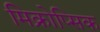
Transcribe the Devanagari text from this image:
मिक्रोप्सिक